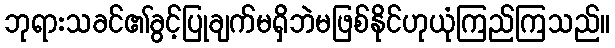
ဘုရားသခင်၏ခွင့်ပြုချက်မရှိဘဲမဖြစ်နိုင်ဟုယုံကြည်ကြသည်။